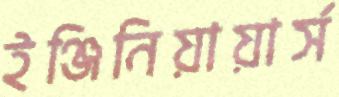
ইঞ্জিনিয়ায়ার্স